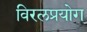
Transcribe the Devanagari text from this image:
विरलप्रयोग